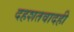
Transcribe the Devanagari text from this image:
दहशतवादही